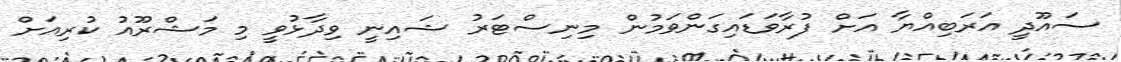
ސައޫދީ އަރަބިއްޔާ އަށް ފުރާވަޑައިގަންވަމުން މިނިސްޓަރު ޝައިނީ ވިދާޅުވީ މި މަޝްރޫއު ކުރިއަށް